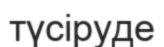
түсіруде